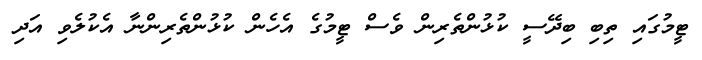
ޓީމުގައި ތިބި ބިދޭސީ ކުޅުންތެރިން ވެސް ޓީމުގެ އެހެން ކުޅުންތެރިންނާ އެކުލެވި އަދި